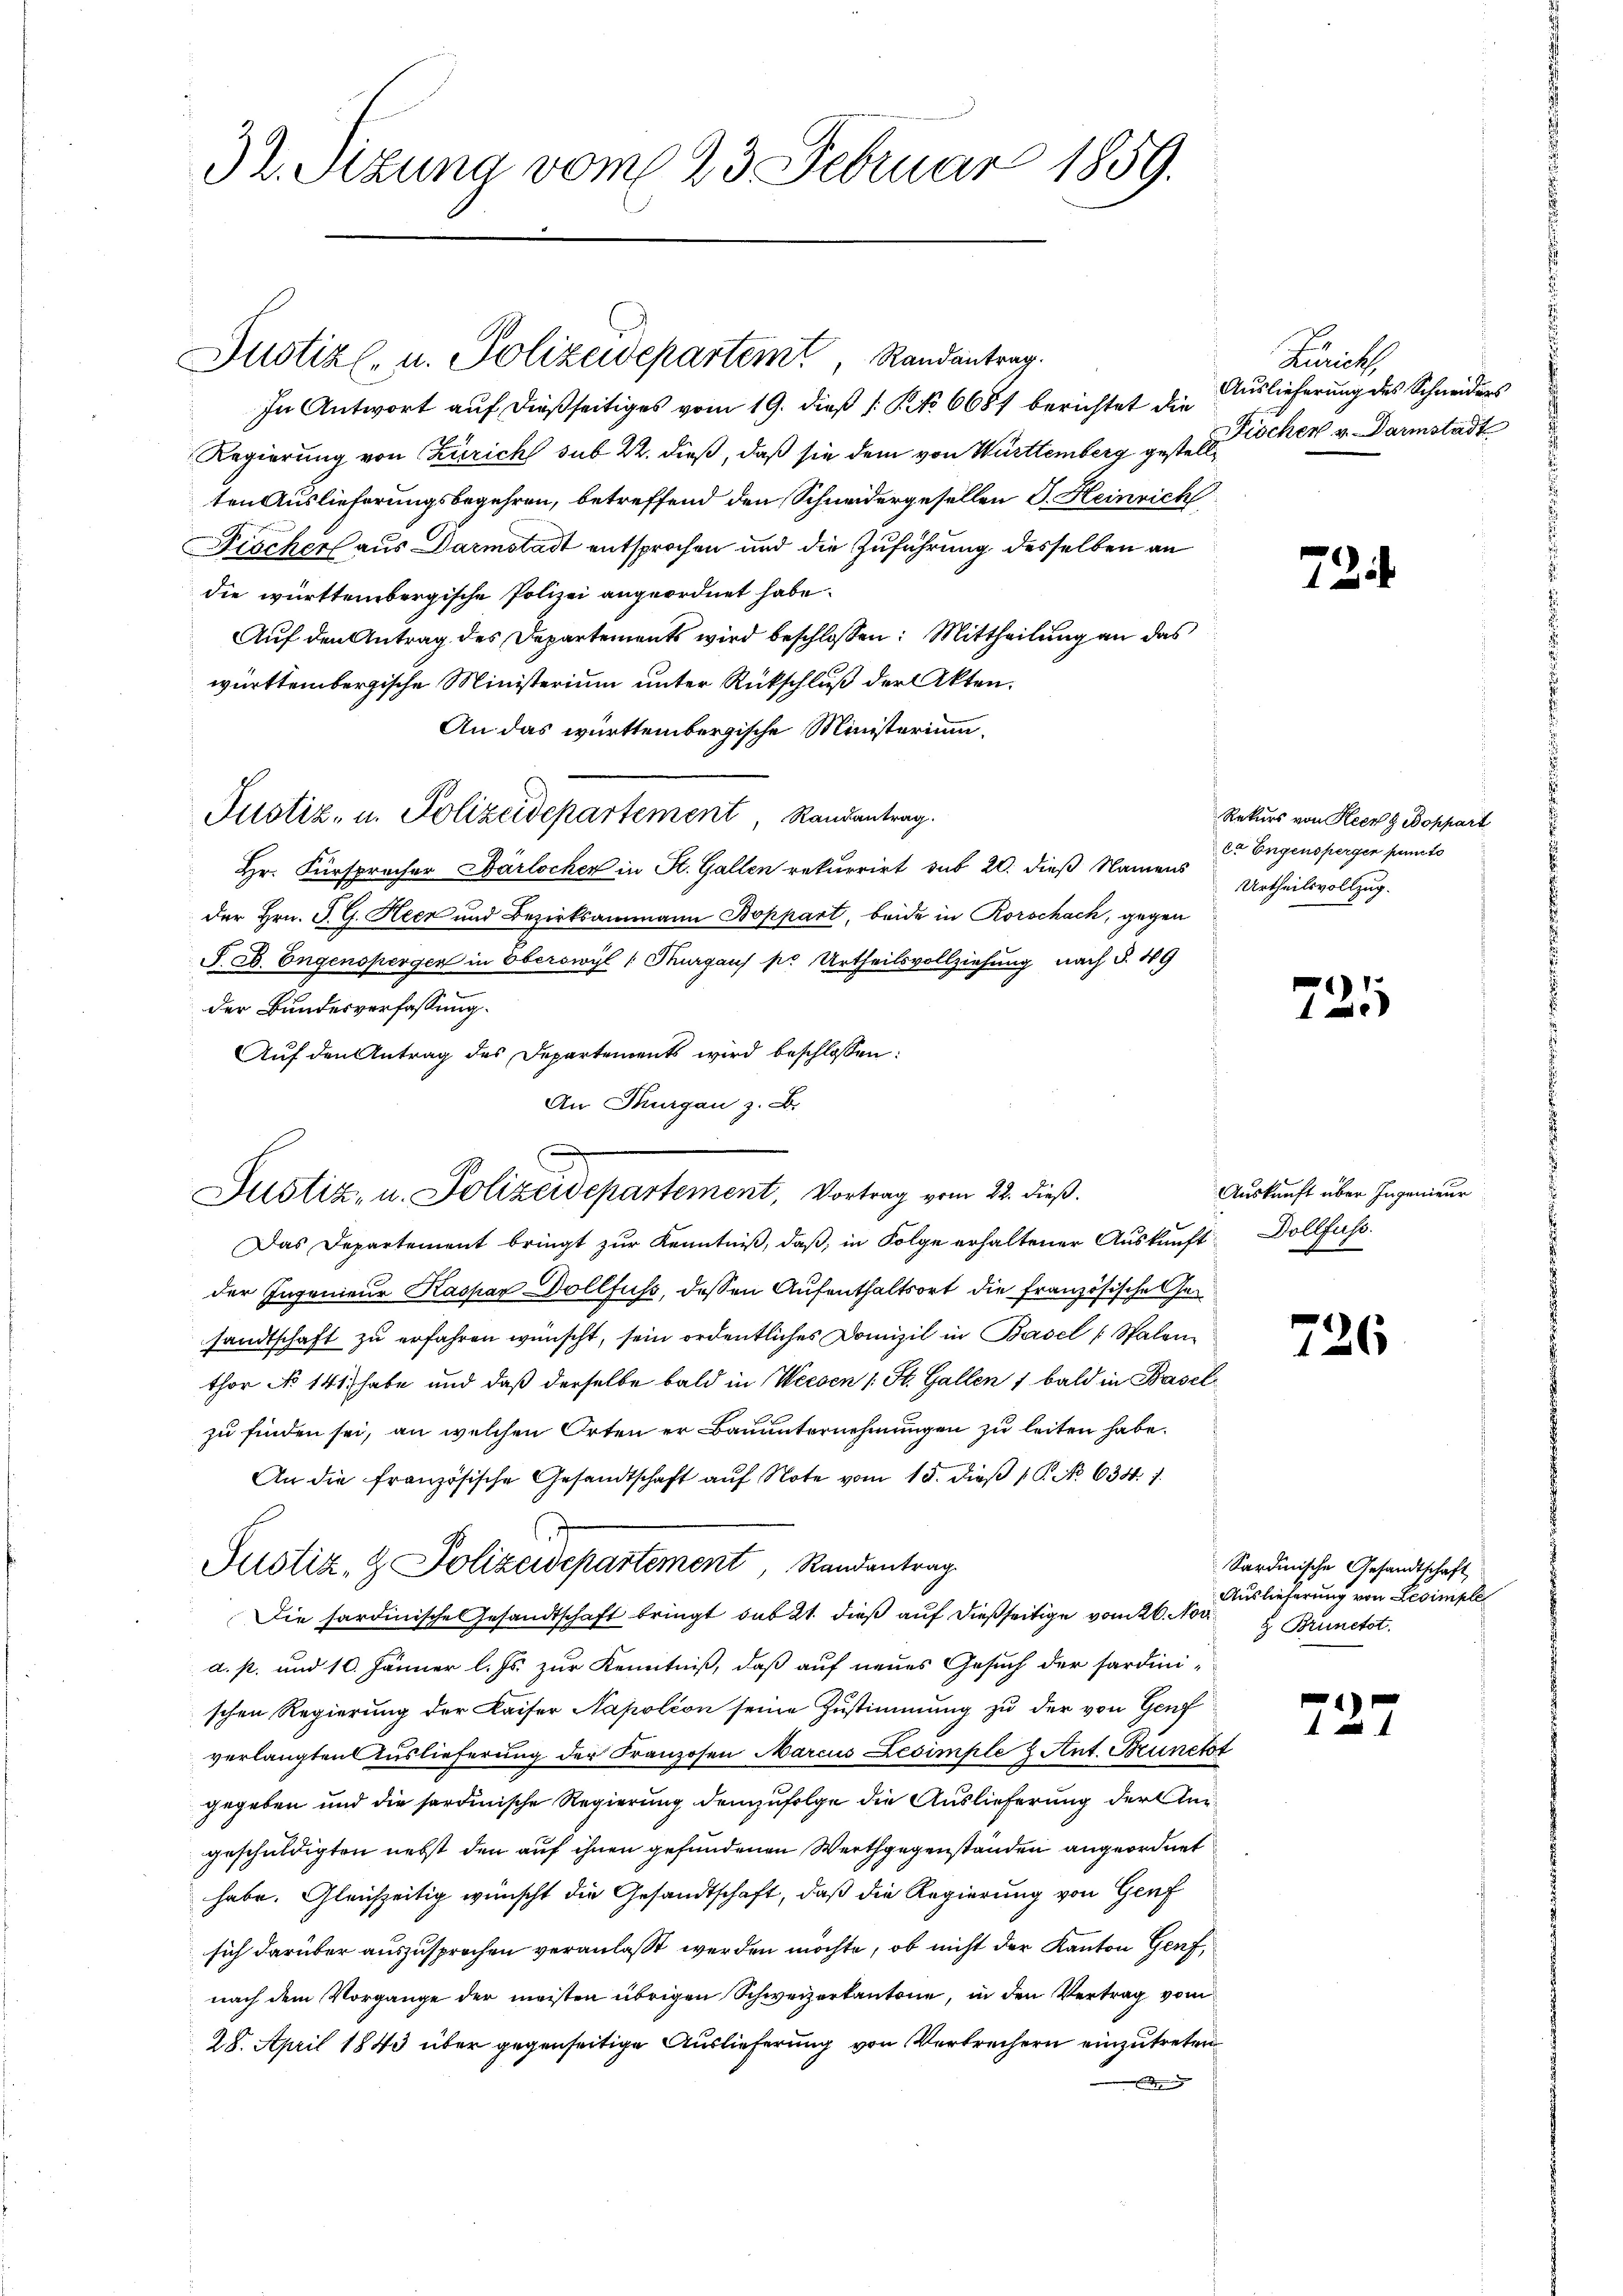
32. Sitzung vom 23. Februar 1859.

Justiz- u. Polizeidepartem Randantrag.
In Antwort auf dießseitiges vom 19. dieß (: No 6681 berichtet die Auslieferung des Schneiders
Regierung von Zürich sub 22. dieß, daß sie dem von Württemberg gestellten Auslieferungsbegehren, betreffend den Schneidergesellen J. Heinrich
Discher aus Darmstadt entsprochen und die Zuführung desselben an
die württembergische Polizei angeordnet habe.
Auf den Antrag des Departements wird beschlossen: Mittheilung an das
württembergische Ministerium unter Rückschluß der Akten.
An das württembergische Ministerium
Justiz- u. Polizeidepartement Randantrag.
Hr. Fürspracher Barlocher in St. Gallen rekurrirt sub 20. dieß Namens Urtheilsvollzug.
der Hrn. J. G. Heer und Bezirksammann Boppart, beide in Rorschach, gegen
F. ab. Engenspergen in Oberswyl (Kurgaus pr Urtheilsvollziehung nach §. 49
der Bundesverfassung.
Auf den Antrag des Departements wird beschlossen:
An Thurgau z. B.
Das Departement bringt zur Kenntniß, daß, in Folge erhaltener Auskunft Dollfuss
der Ingenieur Kaspar Dollfuss, dessen Aufenthaltsort die französische Gesandtschaft zu erfahren wünscht, sein ordentliches Domizil in Basel (Sptalen
thor No 141) habe und daß derselbe bald in Weesen (: St. Gallen 1 bald in Baselzu finden sei, an welchen Orten er Bauunternehmungen zu leiten habe.
An die französische Gesandtschaft auf Note vom 15. dieß P. No 638. 7.
Justiz- & Polizeidepartement Randantrag
Die hardinische Gesandtschaft bringt das 21. dieß auf dießseitige vom 26. Nov.
d. p. und 10. Jänner l. Js. zur Kenntniß, daß auf neues Gesuch der fardini-
schen Regierung der Kaiser Napolion seine Zustimmung zu der von Genf
verlangten Auslieferung der Franzosen Marcus Lesimple 3 Ant. Brunckt
gegeben und die sardinische Regierung demzufolge die Auslieferung der Ausgeschuldigten nebst den auf ihnen gefundenen Werthgegenständen angeordnet
habe. Gleichzeitig wünscht die Gesandtschaft, daß die Regierung von Genf
sich darüber auszusprochen veranlaßt werden möchte, ob nicht der Kanton Genf,
nach dem Vorgange der meisten übrigen Schweizerkantone, in den Vertrag vom
28. April 1843 über gegenseitige Auslieferung von Verbrechern einzutreten

Justiz, u. Polizeidepartement, Vortrag vom 22. dieß.

Kunts
Fischen v. Darmstadt

72

Rekurs von Heer & Boppart
ct Eugensperger puncto

721

Auskunft über Ingenieur

726

Sardinische Gesandtschaft
Auslieferung von Levimple
H. Brunetot

737